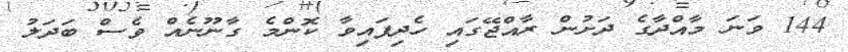
144 ވަނަ މާއްދާގެ ދަށުން ރާއްޖޭގައި ހެދިފައިވާ ކޮންމެ ގާނޫނެއް ވެސް ބަދަލު